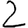
Digit: 2